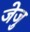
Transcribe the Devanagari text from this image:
जेजु